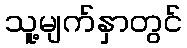
သူ့မျက်နှာတွင်